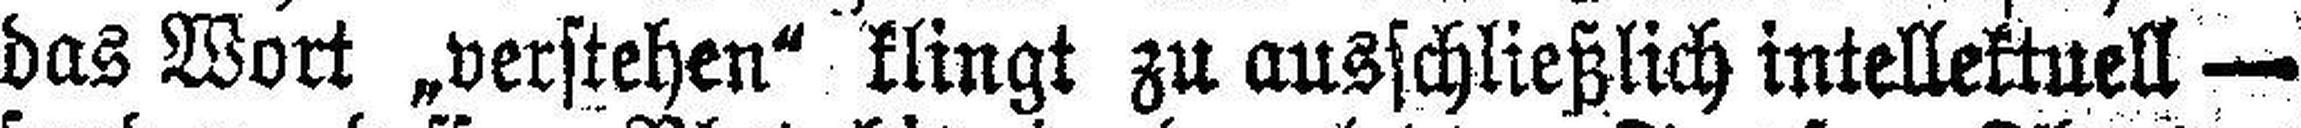
das Wort „verstehen“ klingt zu ausschließlich intellektuell —